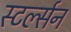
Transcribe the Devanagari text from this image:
स्टर्ल्सन